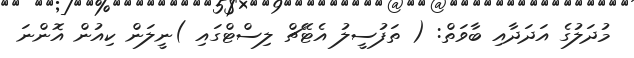
މުދަލުގެ އަދަދާއި ބާވަތް: ( ތަފުސީލު އެޓޭޗް ލިސްޓްގައި )ނީލަން ކިއުން އޮންނަ